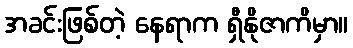
အခင်းဖြစ်တဲ့ နေရာက ရှီနိုဇာကိမှာ။